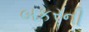
બકરની